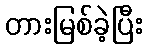
တားမြစ်ခဲ့ပြီး